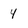
Character: 4